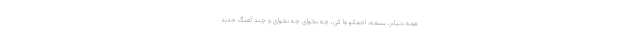
همه دنیام، بَسَمه، اخماتو وا کن، چه بخوای چه نخوای و چند آهنگ جدید